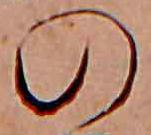
の